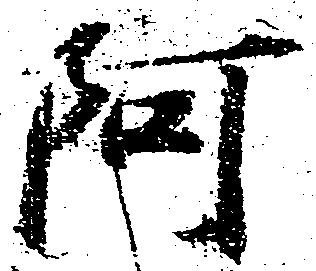
阿